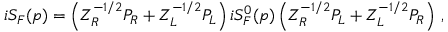
i S _ { F } ( p ) = \left( Z _ { R } ^ { - 1 / 2 } P _ { R } + Z _ { L } ^ { - 1 / 2 } P _ { L } \right) i S _ { F } ^ { 0 } ( p ) \left( Z _ { R } ^ { - 1 / 2 } P _ { L } + Z _ { L } ^ { - 1 / 2 } P _ { R } \right) \, ,